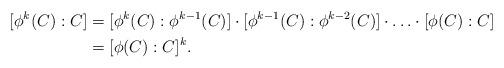
LaTeX: \begin{align*}[\phi^k(C):C]&=[\phi^k(C):\phi^{k-1}(C)]\cdot[\phi^{k-1}(C):\phi^{k-2}(C)]\cdot\ldots\cdot[\phi(C):C]\\&=[\phi(C):C]^k.\end{align*}